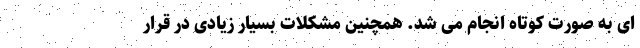
‌ای به صورت کوتاه انجام می ‌شد. همچنین مشکلات بسیار زیادی در قرار